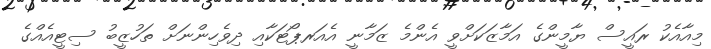
މިއާއެކު ރައީސް ޔާމީންގެ އަމާޒަކަށްވީ އެންމެ ޒަމާނީ އެއަރޕޯޓަކާއި ދިވެހިންނަށް ތަހުޒީބު ސިޓީއެއްގެ